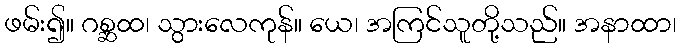
ဖမ်း၍။ ဂစ္ဆထ၊ သွားလေကုန်။ ယေ၊ အကြင်သူတို့သည်။ အနာထာ၊